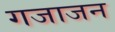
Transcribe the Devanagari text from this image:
गजाजन